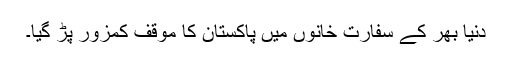
دنیا بھر کے سفارت خانوں میں پاکستان کا موقف کمزور پڑ گیا۔